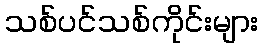
သစ်ပင်သစ်ကိုင်းများ